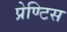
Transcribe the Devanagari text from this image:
प्रेण्टिस